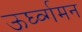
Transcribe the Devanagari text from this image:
ऊर्घ्व्गमन